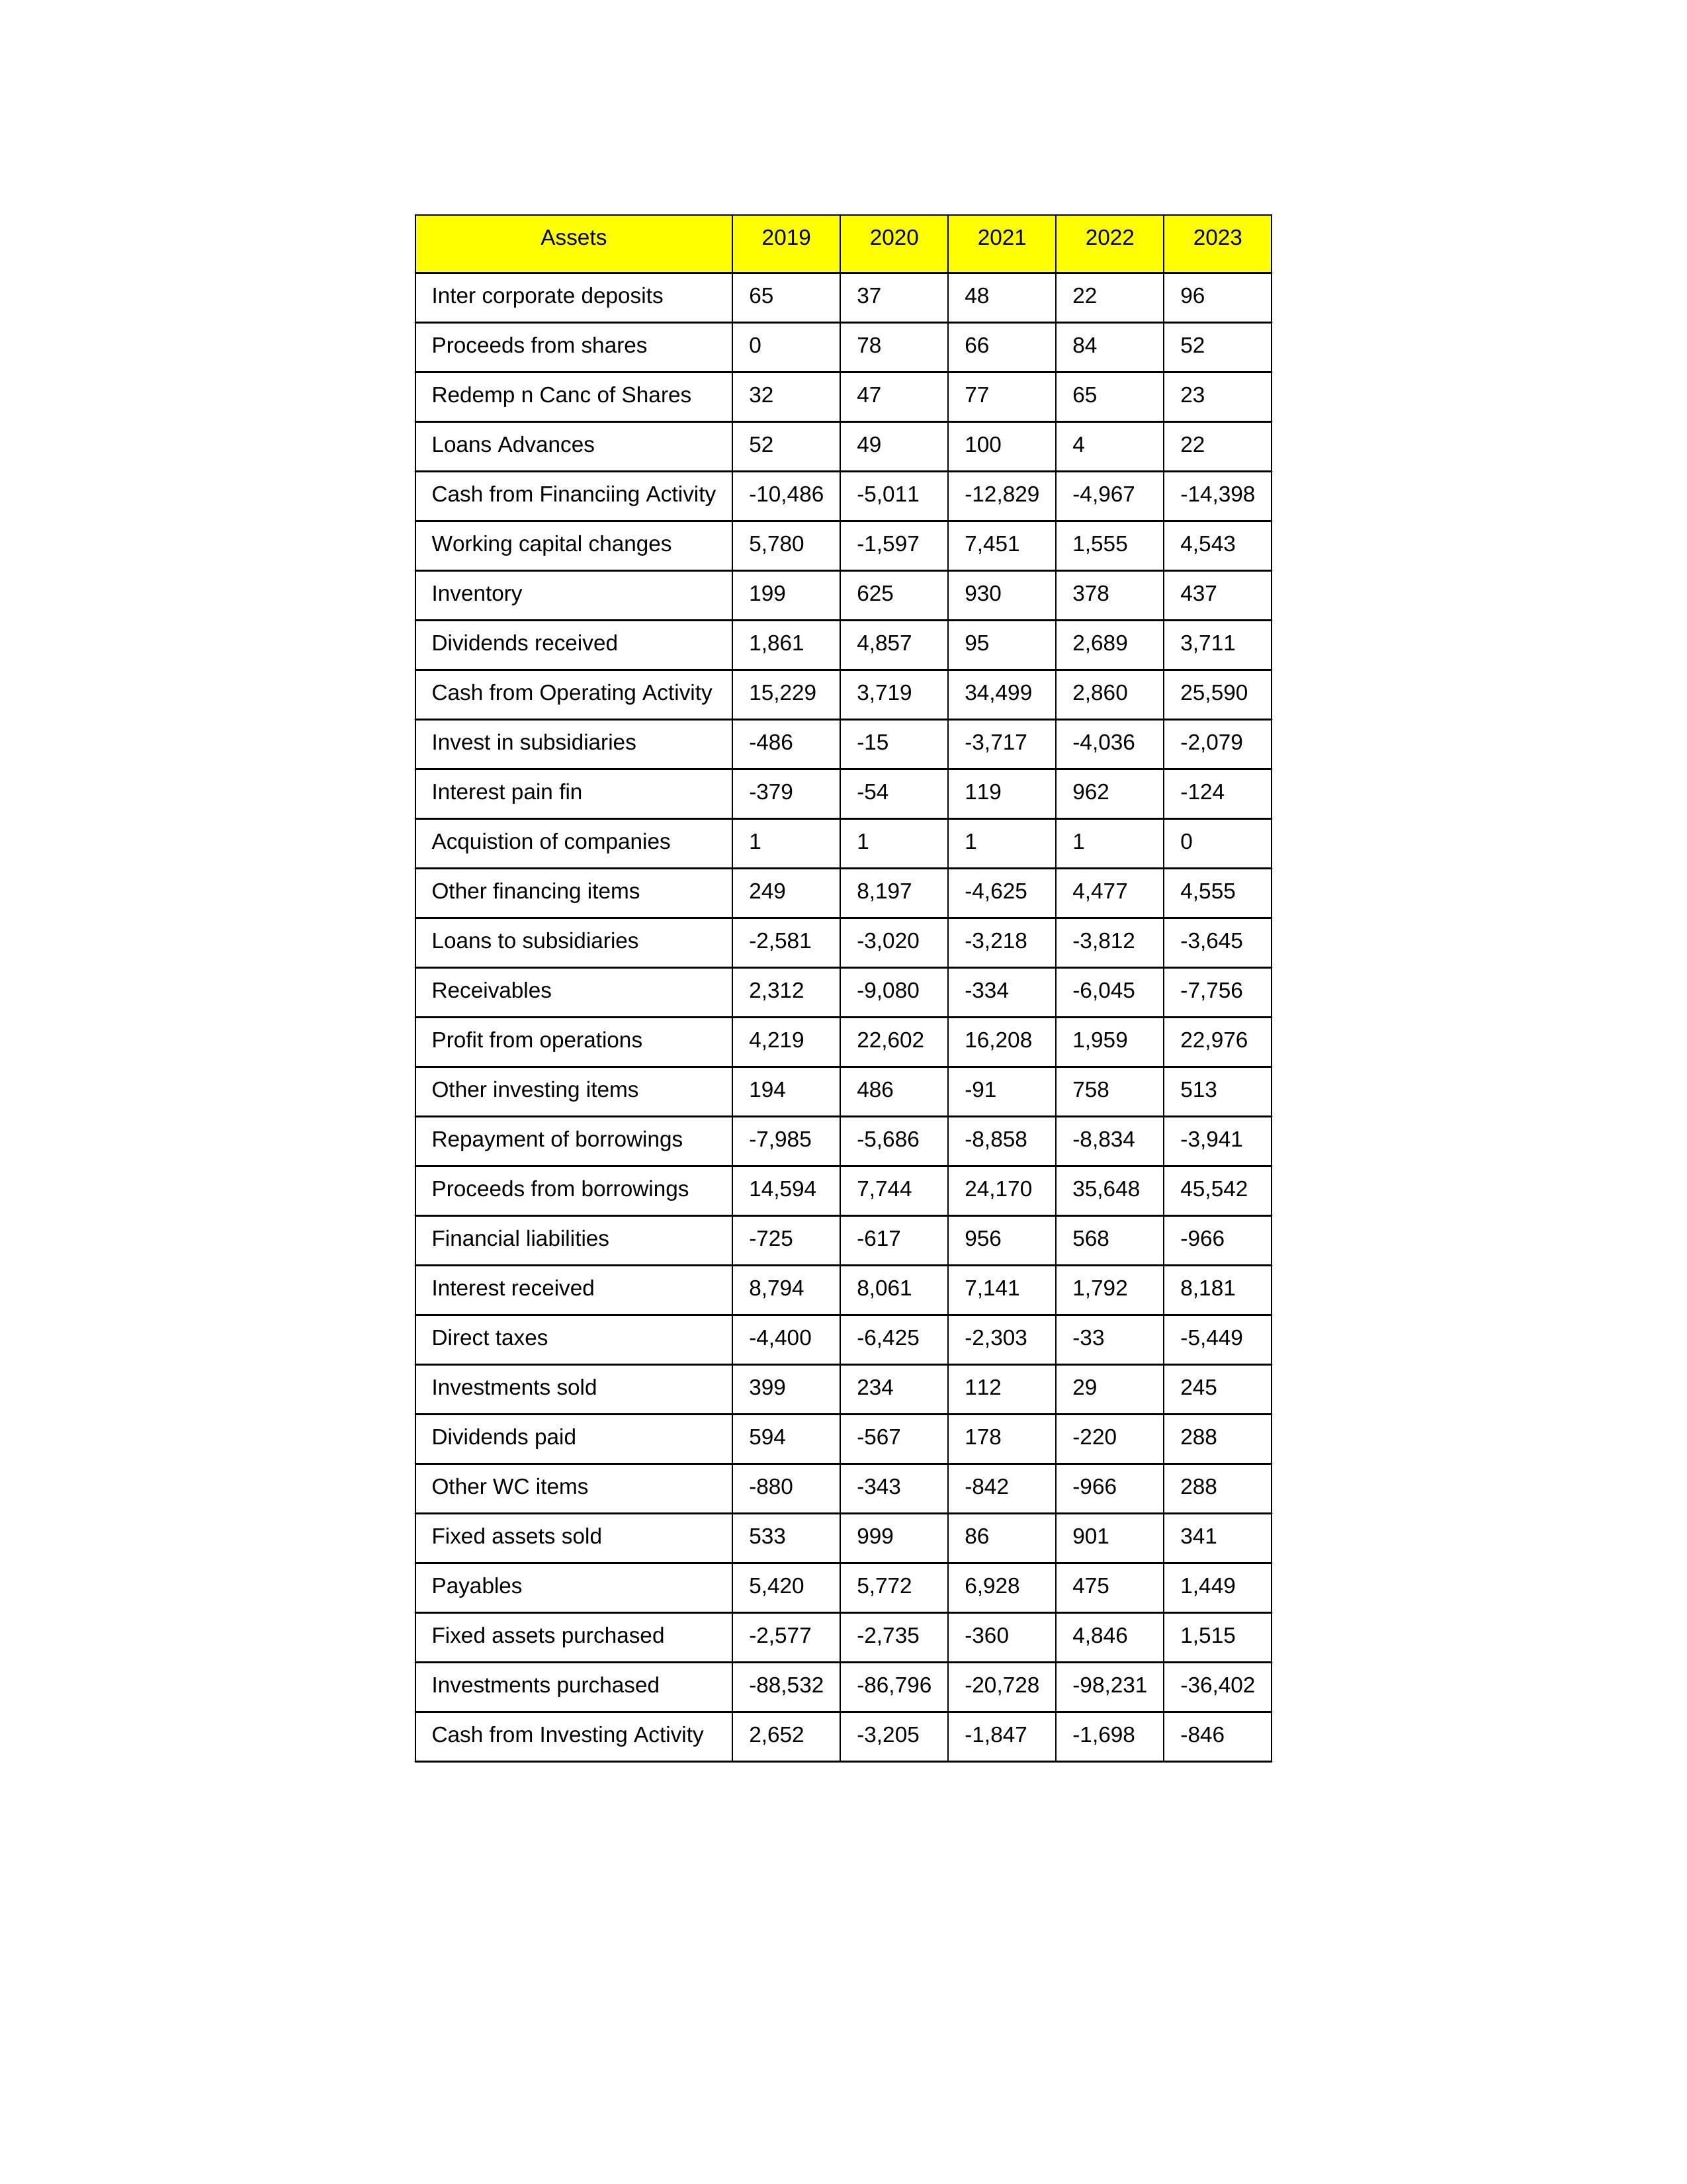
gt_parse: 2019: Cash from Operating Activity: 15,229
Profit from operations: 4,219
Receivables: 2,312
Inventory: 199
Payables: 5,420
Loans Advances: 52
Other WC items: -880
Working capital changes: 5,780
Direct taxes: -4,400
Cash from Investing Activity: 2,652
Fixed assets purchased: -2,577
Fixed assets sold: 533
Investments purchased: -88,532
Investments sold: 399
Interest received: 8,794
Dividends received: 1,861
Invest in subsidiaries: -486
Loans to subsidiaries: -2,581
Redemp n Canc of Shares: 32
Acquistion of companies: 1
Inter corporate deposits: 65
Other investing items: 194
Cash from Financiing Activity: -10,486
Proceeds from shares: 0
Proceeds from borrowings: 14,594
Repayment of borrowings: -7,985
Interest pain fin: -379
Dividends paid: 594
Financial liabilities: -725
Other financing items: 249
2020: Cash from Operating Activity: 3,719
Profit from operations: 22,602
Receivables: -9,080
Inventory: 625
Payables: 5,772
Loans Advances: 49
Other WC items: -343
Working capital changes: -1,597
Direct taxes: -6,425
Cash from Investing Activity: -3,205
Fixed assets purchased: -2,735
Fixed assets sold: 999
Investments purchased: -86,796
Investments sold: 234
Interest received: 8,061
Dividends received: 4,857
Invest in subsidiaries: -15
Loans to subsidiaries: -3,020
Redemp n Canc of Shares: 47
Acquistion of companies: 1
Inter corporate deposits: 37
Other investing items: 486
Cash from Financiing Activity: -5,011
Proceeds from shares: 78
Proceeds from borrowings: 7,744
Repayment of borrowings: -5,686
Interest pain fin: -54
Dividends paid: -567
Financial liabilities: -617
Other financing items: 8,197
2021: Cash from Operating Activity: 34,499
Profit from operations: 16,208
Receivables: -334
Inventory: 930
Payables: 6,928
Loans Advances: 100
Other WC items: -842
Working capital changes: 7,451
Direct taxes: -2,303
Cash from Investing Activity: -1,847
Fixed assets purchased: -360
Fixed assets sold: 86
Investments purchased: -20,728
Investments sold: 112
Interest received: 7,141
Dividends received: 95
Invest in subsidiaries: -3,717
Loans to subsidiaries: -3,218
Redemp n Canc of Shares: 77
Acquistion of companies: 1
Inter corporate deposits: 48
Other investing items: -91
Cash from Financiing Activity: -12,829
Proceeds from shares: 66
Proceeds from borrowings: 24,170
Repayment of borrowings: -8,858
Interest pain fin: 119
Dividends paid: 178
Financial liabilities: 956
Other financing items: -4,625
2022: Cash from Operating Activity: 2,860
Profit from operations: 1,959
Receivables: -6,045
Inventory: 378
Payables: 475
Loans Advances: 4
Other WC items: -966
Working capital changes: 1,555
Direct taxes: -33
Cash from Investing Activity: -1,698
Fixed assets purchased: 4,846
Fixed assets sold: 901
Investments purchased: -98,231
Investments sold: 29
Interest received: 1,792
Dividends received: 2,689
Invest in subsidiaries: -4,036
Loans to subsidiaries: -3,812
Redemp n Canc of Shares: 65
Acquistion of companies: 1
Inter corporate deposits: 22
Other investing items: 758
Cash from Financiing Activity: -4,967
Proceeds from shares: 84
Proceeds from borrowings: 35,648
Repayment of borrowings: -8,834
Interest pain fin: 962
Dividends paid: -220
Financial liabilities: 568
Other financing items: 4,477
2023: Cash from Operating Activity: 25,590
Profit from operations: 22,976
Receivables: -7,756
Inventory: 437
Payables: 1,449
Loans Advances: 22
Other WC items: 288
Working capital changes: 4,543
Direct taxes: -5,449
Cash from Investing Activity: -846
Fixed assets purchased: 1,515
Fixed assets sold: 341
Investments purchased: -36,402
Investments sold: 245
Interest received: 8,181
Dividends received: 3,711
Invest in subsidiaries: -2,079
Loans to subsidiaries: -3,645
Redemp n Canc of Shares: 23
Acquistion of companies: 0
Inter corporate deposits: 96
Other investing items: 513
Cash from Financiing Activity: -14,398
Proceeds from shares: 52
Proceeds from borrowings: 45,542
Repayment of borrowings: -3,941
Interest pain fin: -124
Dividends paid: 288
Financial liabilities: -966
Other financing items: 4,555